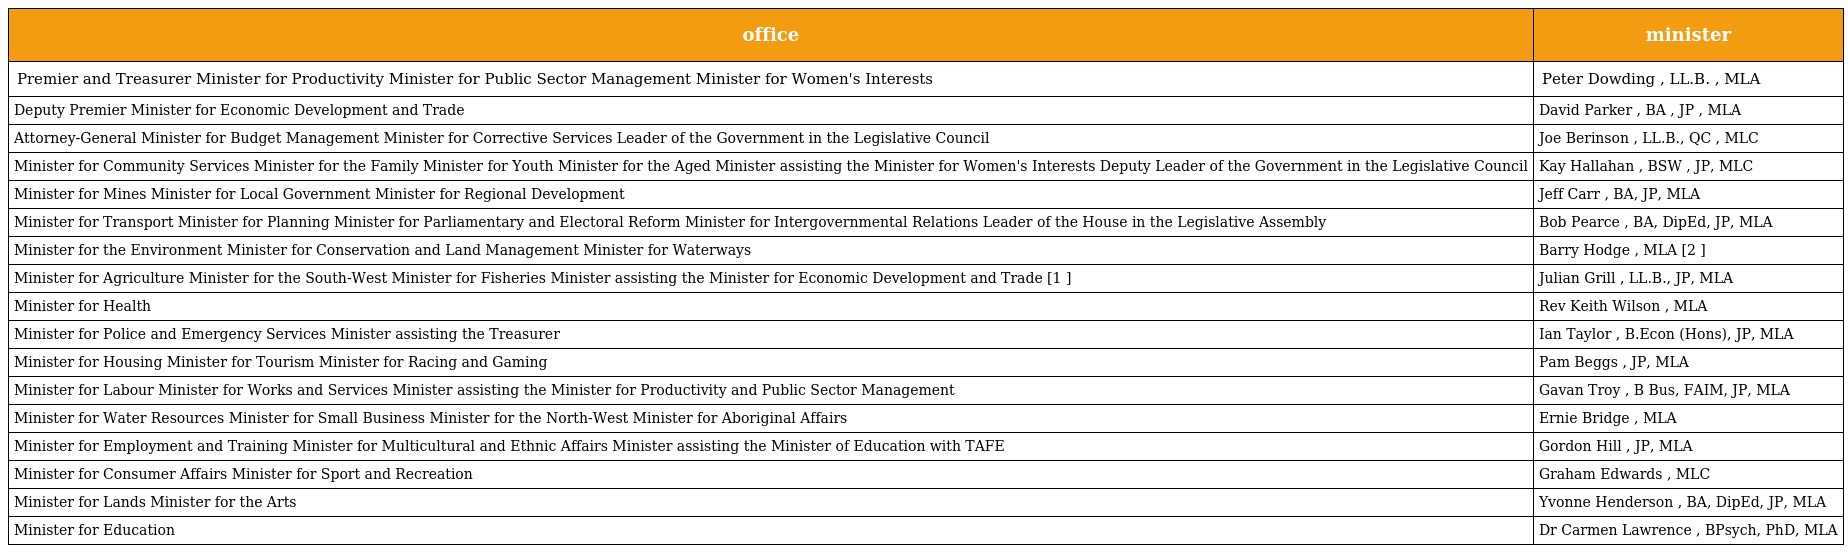
| office | minister |
 | --- | --- |
 | Premier and Treasurer Minister for Productivity Minister for Public Sector Management Minister for Women's Interests | Peter Dowding , LL.B. , MLA |
 | Deputy Premier Minister for Economic Development and Trade | David Parker , BA , JP , MLA |
 | Attorney-General Minister for Budget Management Minister for Corrective Services Leader of the Government in the Legislative Council | Joe Berinson , LL.B., QC , MLC |
 | Minister for Community Services Minister for the Family Minister for Youth Minister for the Aged Minister assisting the Minister for Women's Interests Deputy Leader of the Government in the Legislative Council | Kay Hallahan , BSW , JP, MLC |
 | Minister for Mines Minister for Local Government Minister for Regional Development | Jeff Carr , BA, JP, MLA |
 | Minister for Transport Minister for Planning Minister for Parliamentary and Electoral Reform Minister for Intergovernmental Relations Leader of the House in the Legislative Assembly | Bob Pearce , BA, DipEd, JP, MLA |
 | Minister for the Environment Minister for Conservation and Land Management Minister for Waterways | Barry Hodge , MLA [2 ] |
 | Minister for Agriculture Minister for the South-West Minister for Fisheries Minister assisting the Minister for Economic Development and Trade [1 ] | Julian Grill , LL.B., JP, MLA |
 | Minister for Health | Rev Keith Wilson , MLA |
 | Minister for Police and Emergency Services Minister assisting the Treasurer | Ian Taylor , B.Econ (Hons), JP, MLA |
 | Minister for Housing Minister for Tourism Minister for Racing and Gaming | Pam Beggs , JP, MLA |
 | Minister for Labour Minister for Works and Services Minister assisting the Minister for Productivity and Public Sector Management | Gavan Troy , B Bus, FAIM, JP, MLA |
 | Minister for Water Resources Minister for Small Business Minister for the North-West Minister for Aboriginal Affairs | Ernie Bridge , MLA |
 | Minister for Employment and Training Minister for Multicultural and Ethnic Affairs Minister assisting the Minister of Education with TAFE | Gordon Hill , JP, MLA |
 | Minister for Consumer Affairs Minister for Sport and Recreation | Graham Edwards , MLC |
 | Minister for Lands Minister for the Arts | Yvonne Henderson , BA, DipEd, JP, MLA |
 | Minister for Education | Dr Carmen Lawrence , BPsych, PhD, MLA |